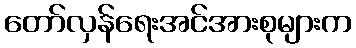
တော်လှန်ရေးအင်အားစုများက